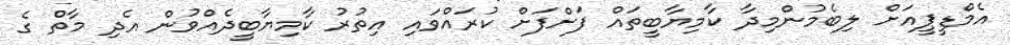
އެމްޑީޕީއަށް ލިބެމުންމިދާ ކާމިޔާބީތައް ފަށްފަށް ކުރައްވައި އިތުރު ކާމިޔާބީދެއްވުން އެދި މާތް ގެ